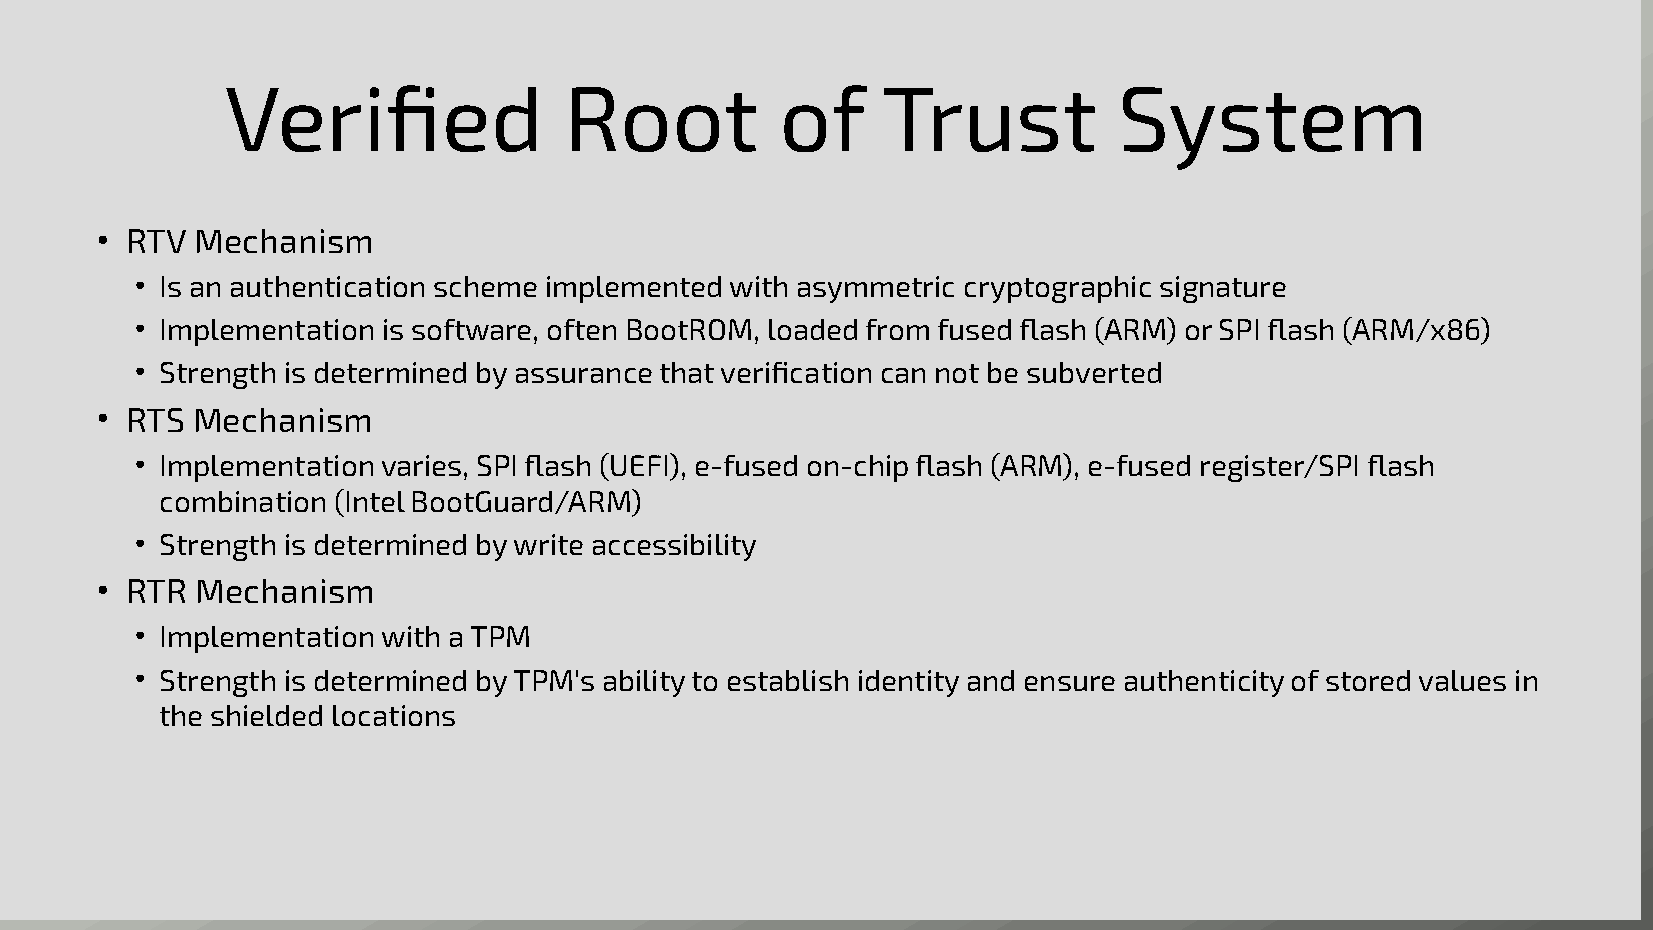
Verified              Root           of    Trust           System
 ● RTV  Mechanism
 ● Is an authentication scheme implemented with asymmetric cryptographic signature
 ● Implementation is software, often BootROM, loaded from fused flash (ARM) or SPI flash (ARM/x86)
 ● Strength is determined by assurance that verification can not be subverted
 ● RTS  Mechanism
 ● Implementation varies, SPI flash (UEFI), e-fused on-chip flash (ARM), e-fused register/SPI flash
 combination (Intel BootGuard/ARM)
 ● Strength is determined by write accessibility
 ● RTR  Mechanism
 ● Implementation with a TPM
 ● Strength is determined by TPM's ability to establish identity and ensure authenticity of stored values in
 the shielded locations